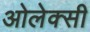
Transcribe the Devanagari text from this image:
ओलेक्सी